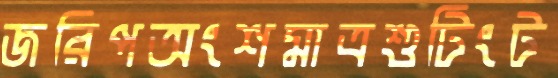
জরিপঅংশমাত্রশুটিংট